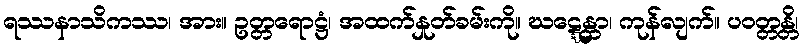
ရဿနာသိကဿ၊ အား။ ဥတ္တရောဋ္ဌံ၊ အထက်နှုတ်ခမ်းကို။ ဃဋ္ဋေန္တာ၊ ကုန်လျက်။ ပဝတ္တန္တိ၊